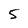
Character: 5